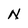
Character: N